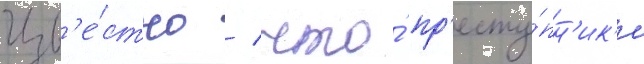
Изв'е́стно / что́ пр'есту́пн'ик'и